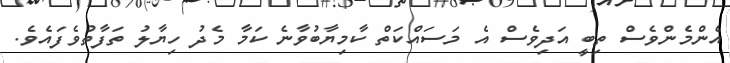
އެންމެންވެސް ތިބީ އަދިވެސް އެ މަސައްކަތް ކާމިޔާބުވާނެ ކަމާ މެދު ހިޔާލު ތަފާތުވެފައެވެ.